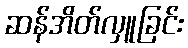
ဆန်အိတ်လှူခြင်း